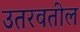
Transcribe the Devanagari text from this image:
उतरवतील